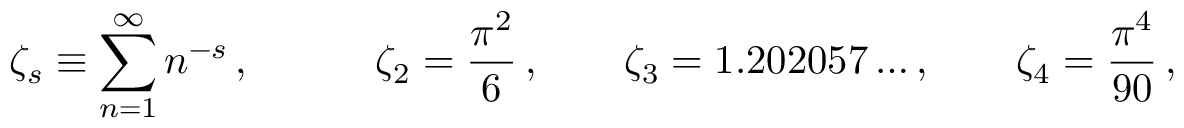
\zeta _ { s } \equiv \sum _ { n = 1 } ^ { \infty } n ^ { - s } \, , \qquad \quad \zeta _ { 2 } = { \frac { \pi ^ { 2 } } { 6 } } \, , \qquad \zeta _ { 3 } = 1 . 2 0 2 0 5 7 \ldots , \qquad \zeta _ { 4 } = { \frac { \pi ^ { 4 } } { 9 0 } } \, ,